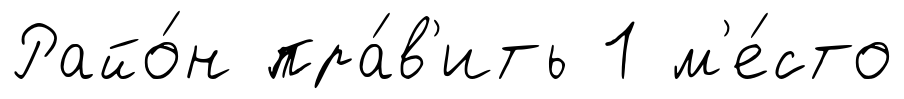
Райо́н пра́в'ить 1 м'е́сто